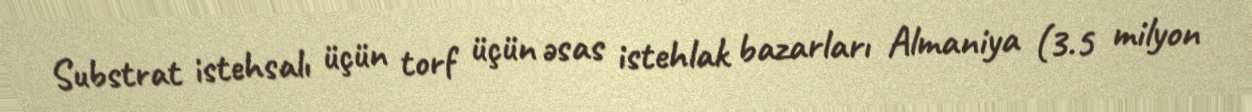
Substrat istehsalı üçün torf üçün əsas istehlak bazarları Almaniya (3.5 milyon